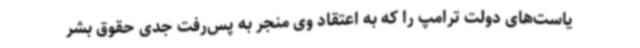
یاست‌های دولت ترامپ را که به اعتقاد وی منجر به پس‌رفت جدی حقوق بشر